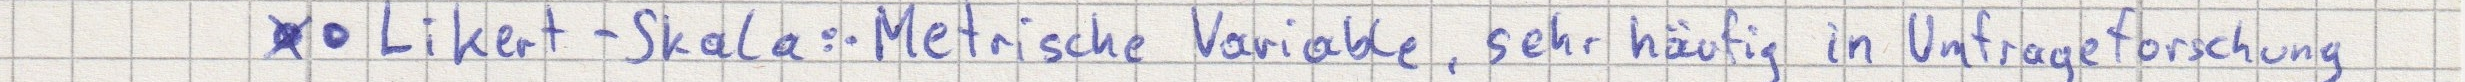
- Likert-Skala: - Metrische Variable, sehr häufig in Umfrageforschung